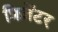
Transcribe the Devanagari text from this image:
प्रिज़ेंटर